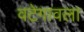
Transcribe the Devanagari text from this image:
वटेगावला